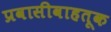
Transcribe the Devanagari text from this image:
प्रवासीवाहतूक